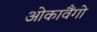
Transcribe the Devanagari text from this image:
ओकावैंगो